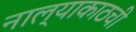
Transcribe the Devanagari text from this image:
नाल्याकाठची